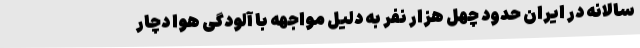
سالانه در ایران حدود چهل هزار نفر به دلیل مواجهه با آلودگی هوا دچار